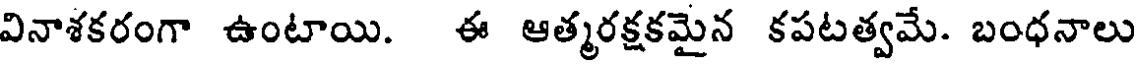
వినాశకరంగా ఉంటాయి. ఈ ఆత్మరక్షకమైన కపటత్వమే. బంధనాలు